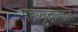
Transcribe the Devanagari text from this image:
महायुद्धाबद्दल